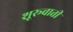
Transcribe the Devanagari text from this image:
शूरूवाती